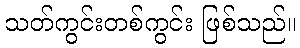
သတ်ကွင်းတစ်ကွင်း ဖြစ်သည်။